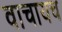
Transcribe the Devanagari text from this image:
वाचायच